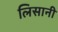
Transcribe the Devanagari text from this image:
लिसानी